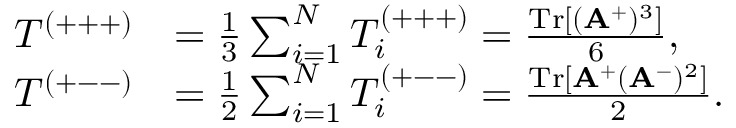
\begin{array} { r l } { T ^ { ( + + + ) } } & { = \frac { 1 } { 3 } \sum _ { i = 1 } ^ { N } T _ { i } ^ { ( + + + ) } = \frac { \mathrm { T r } [ ( \mathbf { A } ^ { + } ) ^ { 3 } ] } { 6 } , } \\ { T ^ { ( + -- ) } } & { = \frac { 1 } { 2 } \sum _ { i = 1 } ^ { N } T _ { i } ^ { ( + -- ) } = \frac { \mathrm { T r } [ \mathbf { A } ^ { + } ( \mathbf { A } ^ { - } ) ^ { 2 } ] } { 2 } . } \end{array}